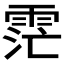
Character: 𮦏